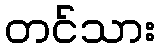
တင်သား